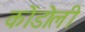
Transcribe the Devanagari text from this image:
कोंडोली